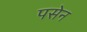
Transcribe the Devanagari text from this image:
पसेन